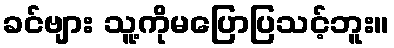
ခင်ဗျား သူ့ကိုမပြောပြသင့်ဘူး။